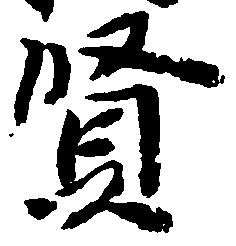
賢